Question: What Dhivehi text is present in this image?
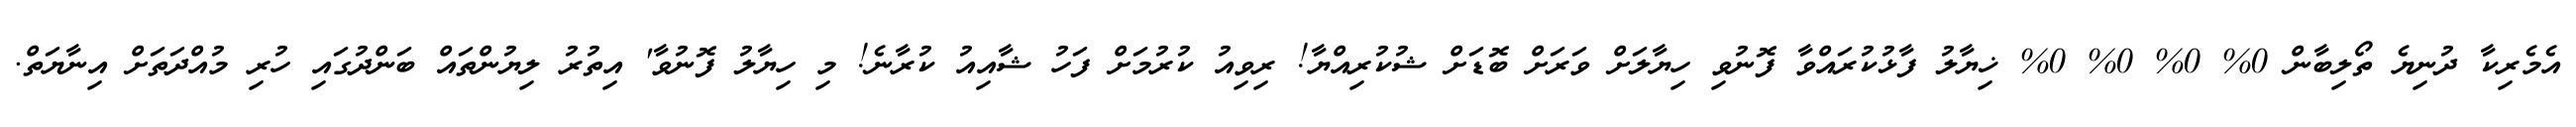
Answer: އެމެރިކާ ދުނިޔެ ތޯލިބާން 0% 0% 0% 0% ޚިޔާލު ފާޅުކުރައްވާ ފޮނުވި ހިޔާލަށް ވަރަށް ބޮޑަށް ޝުކުރިއްޔާ! ރިވިއު ކުރުމަށް ފަހު ޝާއިއު ކުރާނެ! މި ހިޔާލު ފޮނުވާ' އިތުރު ލިޔުންތައް ބަންދުގައި ހުރި މުއްދަތަށް އިނާޔަތް.